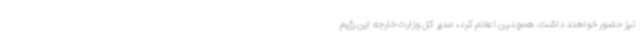
نیز حضور خواهند داشت. همچنین اعلام کرد، مدیر کل وزارت خارجه این رژیم